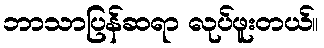
ဘာသာပြန်ဆရာ လုပ်ဖူးတယ်။